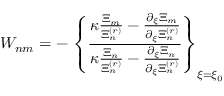
W _ { n m } = - \, \left\{ \frac { \kappa \frac { \Xi _ { m } } { \Xi _ { n } ^ { ( r ) } } - \frac { \partial _ { \xi } \Xi _ { m } } { \partial _ { \xi } \Xi _ { n } ^ { ( r ) } } } { \kappa \frac { \Xi _ { n } } { \Xi _ { n } ^ { ( r ) } } - \frac { \partial _ { \xi } \Xi _ { n } } { \partial _ { \xi } \Xi _ { n } ^ { ( r ) } } } \right\} _ { \xi = \xi _ { 0 } }